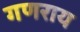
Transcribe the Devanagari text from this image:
गणराय